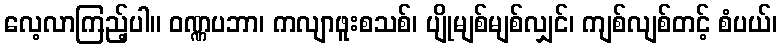
လေ့လာကြည့်ပါ။ ဝဏ္ဏပဘာ၊ ကလျာဖူးစသစ်၊ ပျိုမျစ်မျစ်လျှင်၊ ကျစ်လျစ်တင့် စံပယ်၊